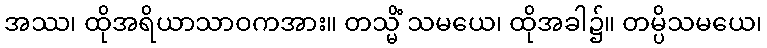
အဿ၊ ထိုအရိယာသာဝကအား။ တသ္မိံ သမယေ၊ ထိုအခါ၌။ တမ္ပိသမယေ၊